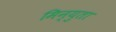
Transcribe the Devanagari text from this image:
मिन्युता